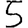
Digit: 5